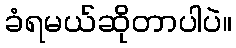
ခံရမယ်ဆိုတာပါပဲ။